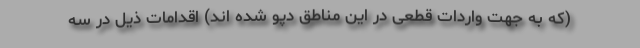
(که به جهت واردات قطعی در این مناطق دپو شده اند) اقدامات ذیل در سه